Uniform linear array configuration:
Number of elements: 24
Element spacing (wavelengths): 1
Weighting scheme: uniform
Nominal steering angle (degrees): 45
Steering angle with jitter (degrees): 45.991
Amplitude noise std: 0.05
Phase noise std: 0.05

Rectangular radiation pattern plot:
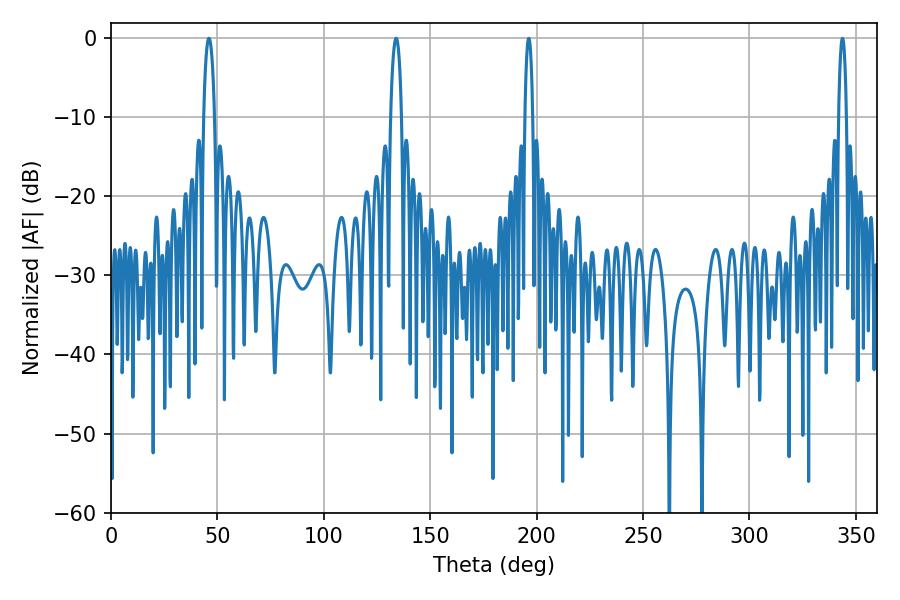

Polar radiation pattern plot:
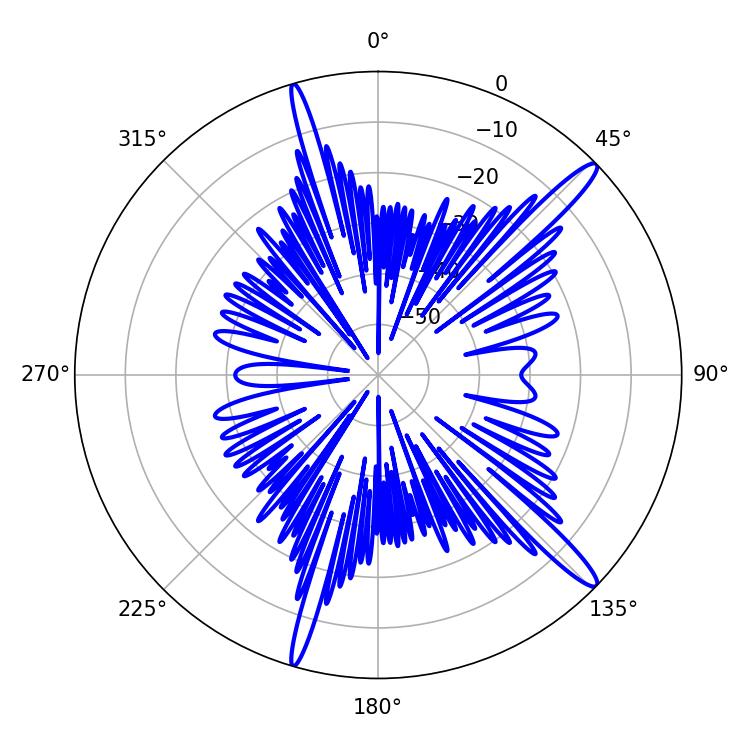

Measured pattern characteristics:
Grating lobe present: TRUE
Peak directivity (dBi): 15.13
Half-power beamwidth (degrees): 2.88
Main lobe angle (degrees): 133.92